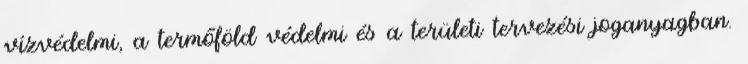
vízvédelmi, a termőföld védelmi és a területi tervezési joganyagban.